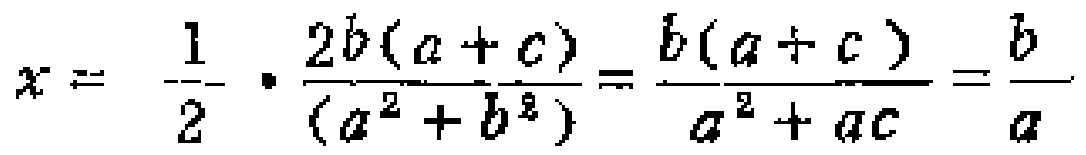
\[x = \frac{1}{2} \cdot \frac{2b(a + c)}{(a^{2}+b^{2})}=\frac{b(a + c)}{a^{2}+ac}=\frac{b}{a}\]